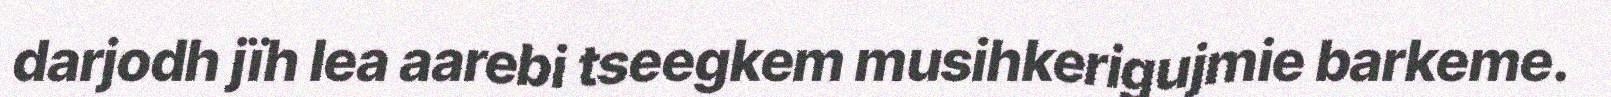
darjodh jïh lea aarebi tseegkem musihkerigujmie barkeme.